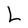
Character: L